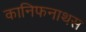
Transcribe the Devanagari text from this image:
कानिफनाथस